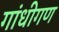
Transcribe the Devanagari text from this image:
गांधीगण